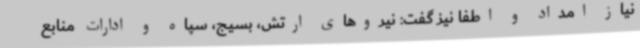
نیاز امداد و اطفا نیز گفت: نیروهای ارتش، بسیج، سپاه و ادارات منابع